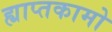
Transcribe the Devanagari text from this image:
ह्याप्तकामो